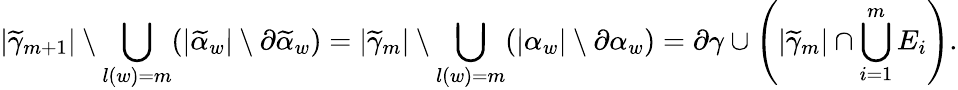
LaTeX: |\widetilde\gamma_{m+1}|\setminus\bigcup_{l(w)=m}(|\widetilde\alpha_{w}|\setminus\partial\widetilde\alpha_{w})=|\widetilde\gamma_{m}|\setminus\bigcup_{l(w)=m}(|\alpha_{w}|\setminus\partial\alpha_{w})=\partial\gamma\cup\left(|\widetilde\gamma_{m}|\cap\bigcup_{i=1}^{m}E_{i}\right).